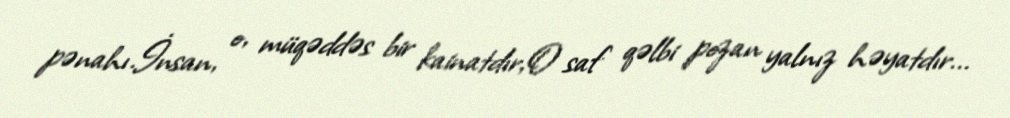
pənahı.İnsan, o, müqəddəs bir kainatdır,O saf qəlbi pozan yalnız həyatdır...